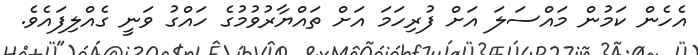
އެހެން ކަމުން މައްސަލަ އަށް ފުރިހަމަ އަަށް ތައްޔާރުވުމުގެ ހައްގު ވަނީ ގެއްލިފައެވެ.